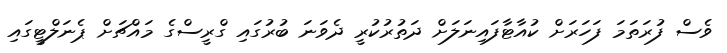
ވެސް ފުރަތަމަ ފަހަރަށް ކުއާޓާފައިނަލަށް ދަތުރުކުރީ ދެވަނަ ބުރުގައި ގްރީސްގެ މައްޗަށް ޕެނަލްޓީގައި